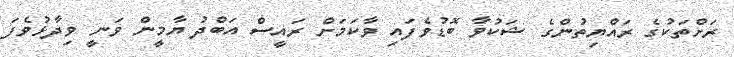
ރަށްތަކުގެ ރައްޔިތުންގެ ޝަކުވާ ބޮޑުވެފައި ވާކަމަށް ރައީސް އަބްދު ޔާމީން ވަނީ ވިދާޅުވެފަ